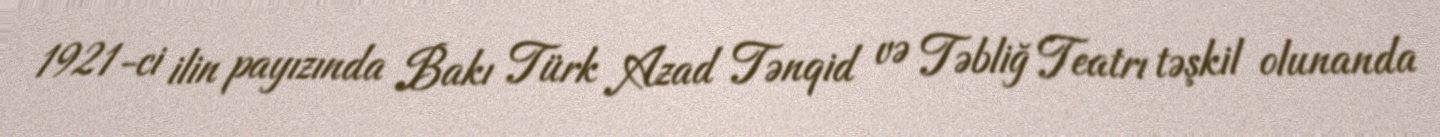
1921-ci ilin payızında Bakı Türk Azad Tənqid və Təbliğ Teatrı təşkil olunanda